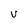
Character: v